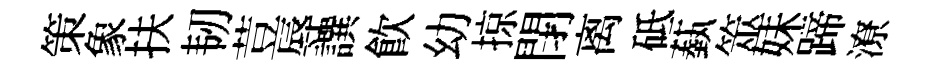
策象扶韧荳辱譔飲幼掠閉离砥蓺筮妹蹄潦